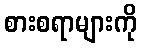
စားစရာများကို